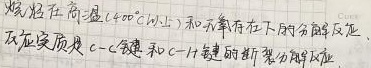
烯烃在高温（\(400^{\circ}\text{C}\)以上）和无氧存在下的分解反应，反应实质是 \(C—C\) 键和 \(C—H\) 键的断裂分解反应 。